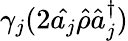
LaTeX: \gamma_{j}(2\hat{a_{j}}\hat{\rho}\hat{a}_{j}^{\dagger})